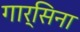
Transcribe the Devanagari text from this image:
गार्सिना